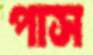
পাস